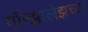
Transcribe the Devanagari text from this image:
गॉन्झालेझच्या